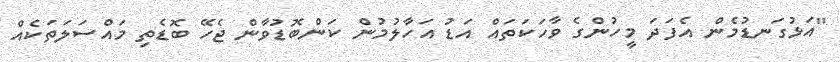
"އަޅުގަނޑުމެން އެފަދަ މީހުންގެ ވާހަކަތައް އަޑު އަހާލުމުން ކަންބޮޑުވާން ޖެހޭ ބޮޑެތި މައްސަލަތަކެއް